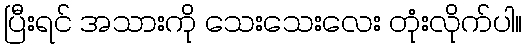
ပြီးရင် အသားကို သေးသေးလေး တုံးလိုက်ပါ။